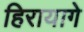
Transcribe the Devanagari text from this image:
हिरायागे